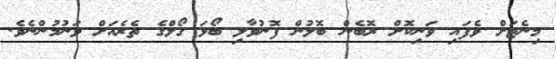
މިނެޓަށް ވެފައި ވަނިކޮށް ރޮބެން ބޮލުން ފޮނުވާލި ބޯޅަ ގޯލްގެ ތެރެއަށް ވަނުމުންނެވެ.